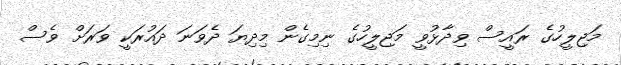
މަޖިލީހުގެ ރައީސް ވިދާޅުވީ މަޖިލީހުގެ ނިމިގެން މިދިޔަ ދެވަނަ ދައުރަކީ ވަރަށް ވެސް